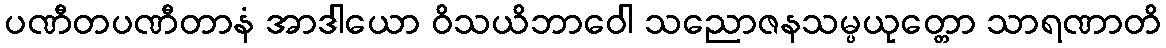
ပဏီတပဏီတာနံ အာဒါယော ဝိသယိဘာဝေါ သညောဇနသမ္ပယုတ္တော သာရဏာတိ